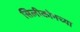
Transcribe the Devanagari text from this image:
सिलीकोनच्या